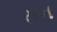
રાન